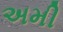
અમી